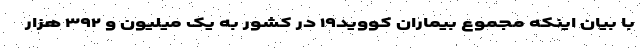
با بیان اینکه مجموع بیماران کووید۱۹ در کشور به یک میلیون و ۳۹۲ هزار